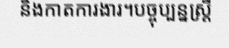
និងកាតការងារ។បច្ចុប្បន្នស្ត្រី